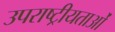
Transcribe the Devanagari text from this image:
उपराष्ट्रीयताओं